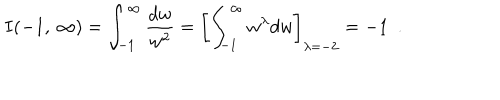
LaTeX: I ( - 1 , \: \infty ) = \int _ { - 1 } ^ { \infty } \frac { d w } { w ^ { 2 } } = \left[ \int _ { - 1 } ^ { \infty } w ^ { \lambda } d w \right] _ { \lambda = - 2 } = - 1 ~ ~ .